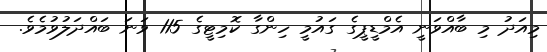
މިއަދު މި ބާއްވަނީ އެމްޑީޕީގެ ގައުމީ ހިންގާ ކޮމިޓީގެ 115 ވަނަ ބައްދަލުވުމެވެ.